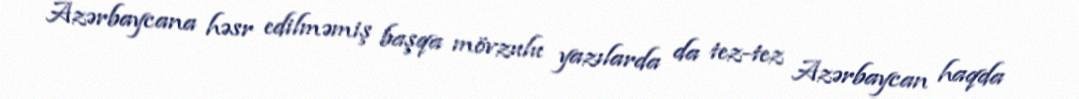
Azərbaycana həsr edilməmiş başqa mövzulu yazılarda da tez-tez Azərbaycan haqda